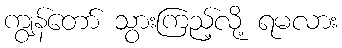
ကျွန်တော် သွားကြည့်လို့ ရမလား